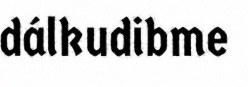
dálkudibme